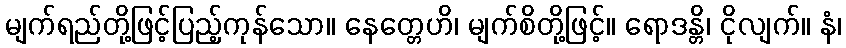
မျက်ရည်တို့ဖြင့်ပြည့်ကုန်သော။ နေတ္တေဟိ၊ မျက်စိတို့ဖြင့်။ ရောဒန္တိ၊ ငိုလျက်။ နံ၊